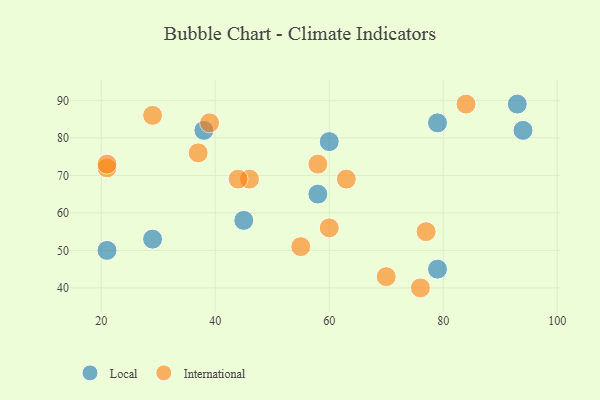
{"axis": {"x": "GDP", "y": "Life Expectancy"}, "legend": ["International", "Local"], "data": [{"x": "60", "y": 79, "type": "Local"}, {"x": "93", "y": 89, "type": "Local"}, {"x": "58", "y": 65, "type": "Local"}, {"x": "94", "y": 82, "type": "Local"}, {"x": "38", "y": 82, "type": "Local"}, {"x": "29", "y": 53, "type": "Local"}, {"x": "45", "y": 58, "type": "Local"}, {"x": "79", "y": 45, "type": "Local"}, {"x": "21", "y": 50, "type": "Local"}, {"x": "79", "y": 84, "type": "Local"}, {"x": "63", "y": 69, "type": "International"}, {"x": "46", "y": 69, "type": "International"}, {"x": "21", "y": 72, "type": "International"}, {"x": "58", "y": 73, "type": "International"}, {"x": "76", "y": 40, "type": "International"}, {"x": "84", "y": 89, "type": "International"}, {"x": "60", "y": 56, "type": "International"}, {"x": "55", "y": 51, "type": "International"}, {"x": "44", "y": 69, "type": "International"}, {"x": "37", "y": 76, "type": "International"}, {"x": "77", "y": 55, "type": "International"}, {"x": "70", "y": 43, "type": "International"}, {"x": "39", "y": 84, "type": "International"}, {"x": "21", "y": 73, "type": "International"}, {"x": "29", "y": 86, "type": "International"}]}